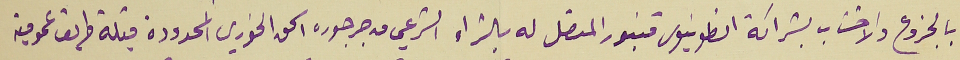
بالجزوع والاخشاب بشراكة انطونيوس قنبور المتصل له بالشراء الشرعي من جرجوره اسحق الخوري المحدودة قبلة طريق عمومية